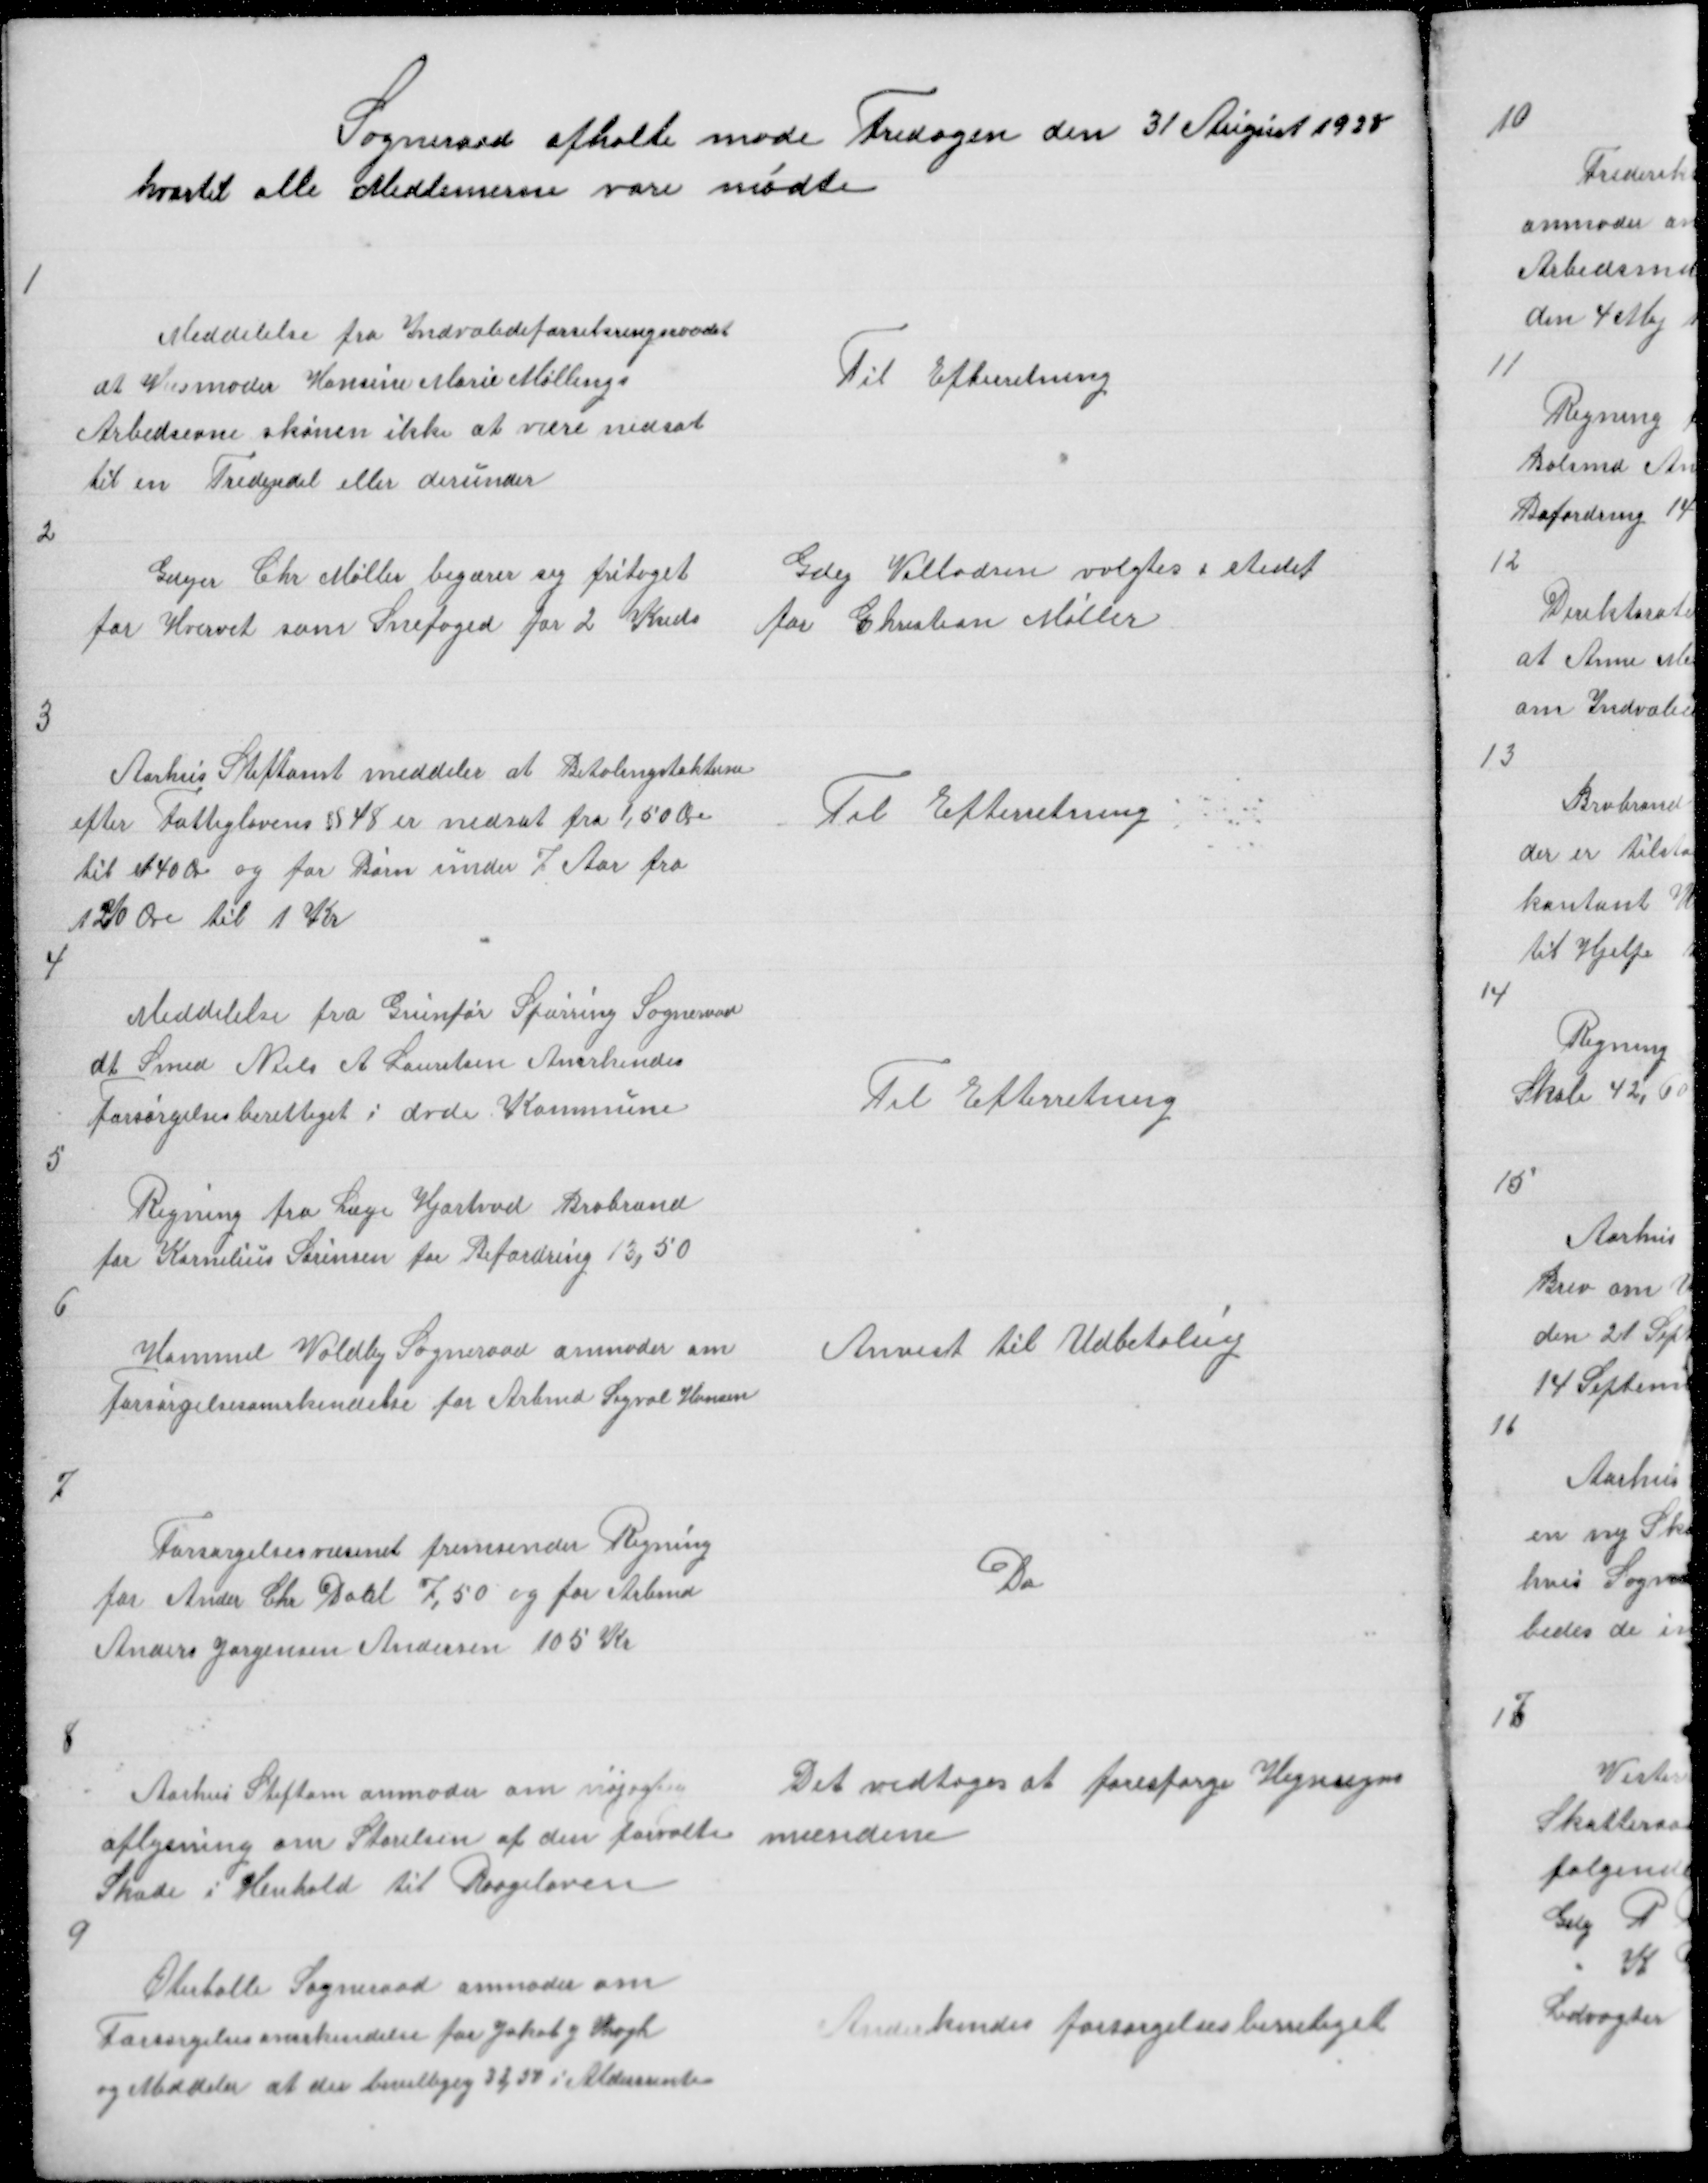
Transskription:
Sogneraadet afholte møde Fredagen den 31 August 1928
hvortil alle Medlemerne vare mødte

1

Meddelelse fra Indvalideforsikringsraadet
at Husmoder Hansine Marie Mallings
Arbedsevne skønen ikke at være nedsat
til en Tredejedel eller derunder

Til Efterretning

2

Gdejer Chr Møller begærer sig fritaget
for Hvervet som Snefoged for 2 Kreds

Gdej Villadsen valgtes i stedet
for Christian Møller

3

Aarhus Stiftamt meddeler at Betalingstakterne
efter Fattiglovens § 48 er nedsat fra 1,50 Øre
til 140 Øre og for Børn under 7 Aar fra
120 Øre til 1 Kr

Til Efterretning

4

Meddelelse fra Grunfør Spørring Sogneraad
at Smed Niels A Lauritsen Anerkendes
forsørgelsesberettiget i dvde Kommune

Til Efterretning

5

Regning fra Læge Hjortvad Brabrand
for Kornelius Sørensen for Befordring 13,50

6

Hammel Voldby Sogneraad anmoder om
Forsørgelsesanerkendelse for Arbmd Sigval Hansen

Anvist til Udbetaling

7

Forsørgelsesvæsenet fremsender Regning
for Ander Chr Dahl 7,50 og for Arbmd
Anders Jørgensen Andersen 105 Kr

Do

8

Aarhus Stiftam anmoder om nøjagtig
oplysning om Størelsen af den forvolte
Skade i Henhold til Raageloven

Det vedtoges at forespørge Hegnsyns
mændene

9

Øterballe Sogneraad anmoder om
Forsørgelsesanerkendelse for Jakob J Krogh
og meddeler at der bevilligej 33,54 i Aldersrente

Anerkendes forsørgelsesberetiget